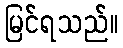
မြင်ရသည်။